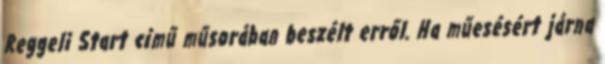
Reggeli Start című műsorában beszélt erről. Ha műesésért járna